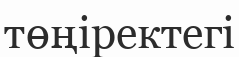
төңіректегі